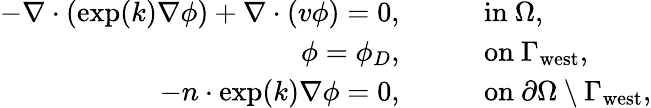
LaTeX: \begin{array}{rl}{-\nabla\cdot(\exp(k)\nabla\phi)+\nabla\cdot(v\phi)=0,}&{\qquad\mathrm{in}\ \Omega,}\\ {\phi=\phi_{D},}&{\qquad\mathrm{on}\ \Gamma_{\mathrm{west}},}\\ {-n\cdot\exp(k)\nabla\phi=0,}&{\qquad\mathrm{on}\ \partial\Omega\setminus\Gamma_{\mathrm{west}},}\end{array}